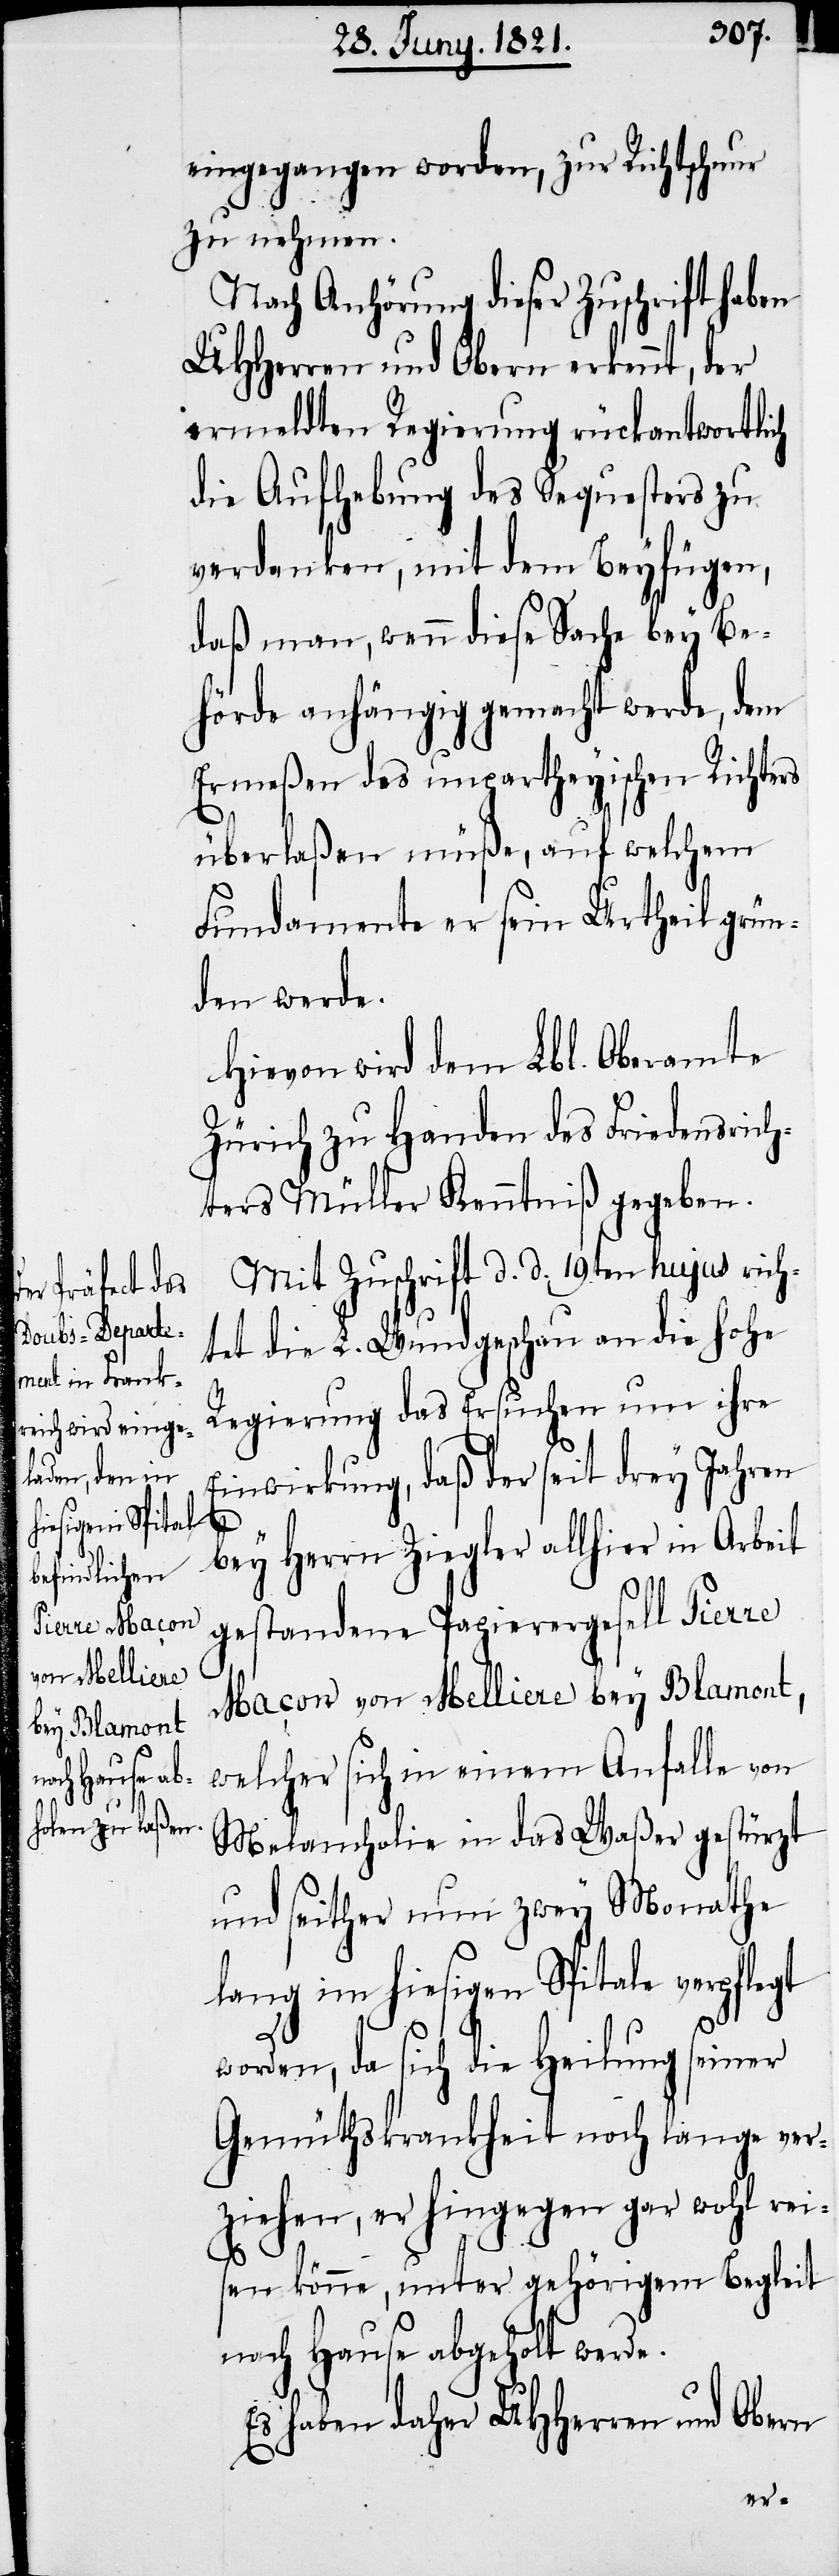
re Maçon
von Melliere
bey Blamont,

eingegangen worden, zur Richtschnur
zu nehmen.
Nach Anhörung dieser Zuschrift haben
UHHerren und Obern erkennt, der
ermeldten Regierung rückantwortlich
die Aufhebung des Sequesters zu
verdanken, mit dem Beyfügen,
daß man, wenn diese Sache bey Be¬
hörde anhängig gemacht werde, dem
Ermeßen des unparteyischen Richters
überlaßen müße, auf welchem
Fundamente er sein Urtheil grün¬
den werde.
Hievon wird dem Lbl. Oberamte
Zürich zu Handen des Friedensrich¬
ters Müller Kenntniß gegeben.
Mit Zuschrift d. d. 19ten hujus rich¬
tet die L. Wundgeschau an die hohe
Regierung das Ersuchen um ihre
Einwirkung, daß der seit drey Jahren
bey Herrn Ziegler allhier in Arbeit
gestandene Papierergesell Pier¬
welcher sich in einem Anfalle von
Melancholie in das Waßer gestürzt
und seither nun zwey Monathe
lang im hiesigen Spitale verpflegt
worden, da sich die Heilung seiner
Gemüthskrankheit noch lange ver¬
ziehen, er hingegen gar wohl rei¬
sen könne, unter gehörigem Begleit
nach Hause abgeholt werde.
Es haben daher UHHerren und Obern